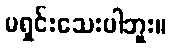
မရှင်းသေးပါဘူး။